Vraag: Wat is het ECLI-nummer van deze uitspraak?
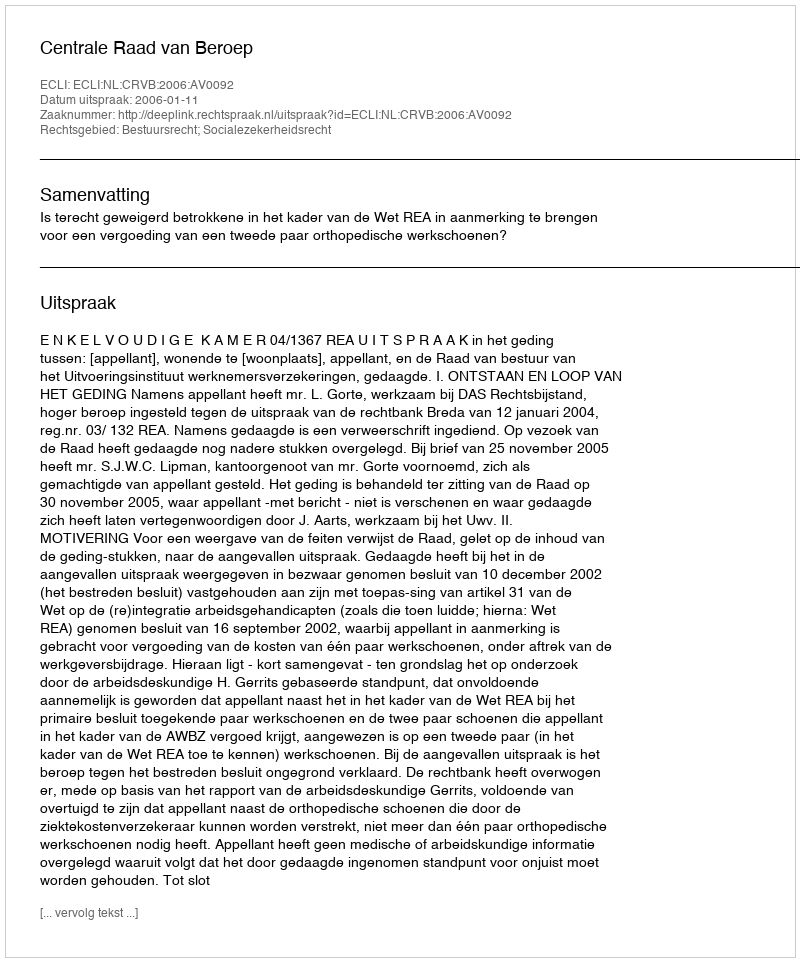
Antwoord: ECLI:NL:CRVB:2006:AV0092